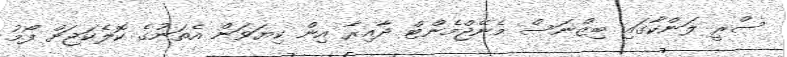
ސްރީ ލަންކާގައި ބިޒްނަސް މެނޭޖްމެންޓް ދާއިރާ އިން ކިޔަވަން އެތަނުގެ ކޮލެކަޖަށް ފޯމު